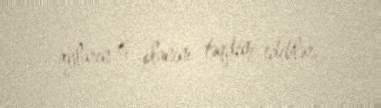
ayların iş planını təqdim ediblər.